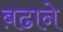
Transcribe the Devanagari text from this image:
ब़ढाने